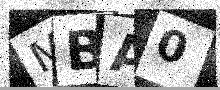
Text: MBA0